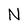
Character: N